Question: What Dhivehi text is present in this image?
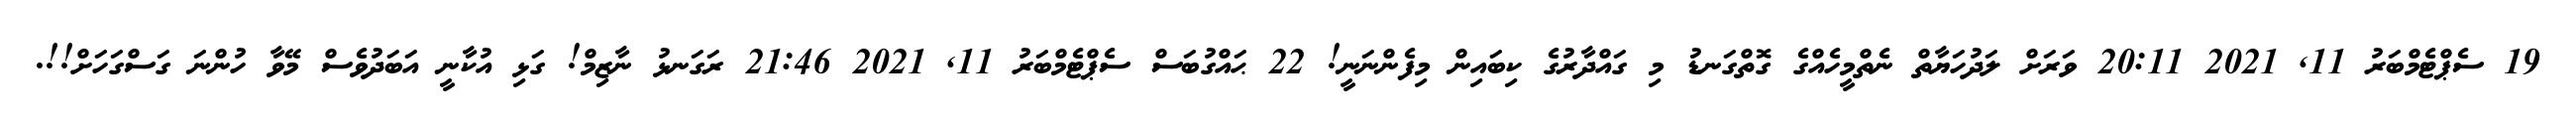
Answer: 19 ސެޕްޓެމްބަރު 11, 2021 20:11 ވަރަށް ލަދުހަޔާތް ނެތްމީހެއްގެ ގޮތްގަނޑު މި ގައްދާރުގެ ކިބައިން މިފެންނަނީ! 22 ޙައްގުބަސް ސެޕްޓެމްބަރު 11, 2021 21:46 ރަގަނޅު ނާޒިމް! ގަޅި އުކާނީ އަބަދުވެސް މޭވާ ހުންނަ ގަސްގަހަށް!!.